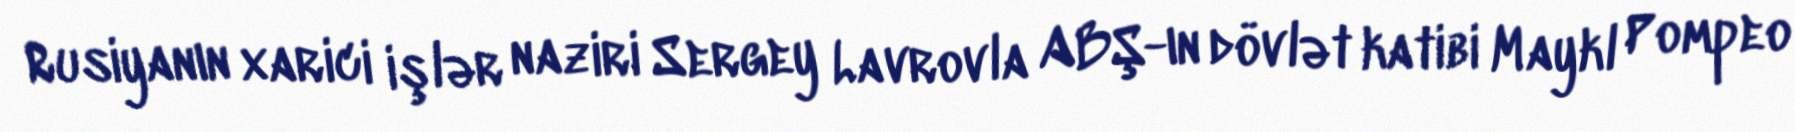
Rusiyanın xarici işlər naziri Sergey Lavrovla ABŞ-ın dövlət katibi Maykl Pompeo